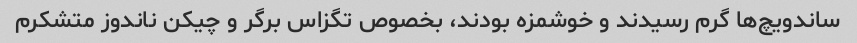
ساندویچ‌ها گرم رسیدند و خوشمزه بودند، بخصوص تگزاس برگر و چیکن ناندوز متشکرم